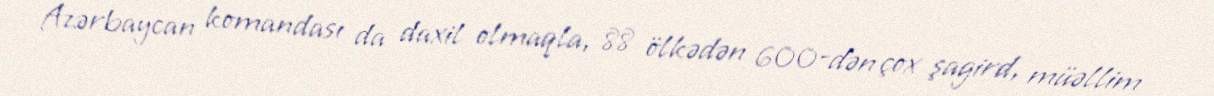
Azərbaycan komandası da daxil olmaqla, 88 ölkədən 600-dən çox şagird, müəllim